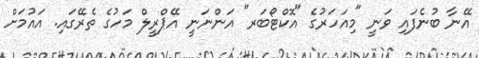
އޭނާ ބުނެފައި ވަނީ "މިއަހަރުގެ "އޮކްޓޯބަރ" އަންނަނީ އޭޕްރީލް މަހުގެ ތެރޭގައި. އައުމަށް